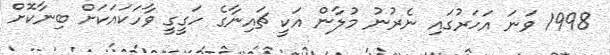
1998 ވަނަ އަހަރުގައި ނެރުނު މުލާން އަކީ ޗައިނާގެ ހަގީގީ ވާހަކައަކަށް ބިނާކޮށް